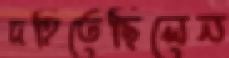
দহিতেছিলেন